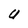
Character: U